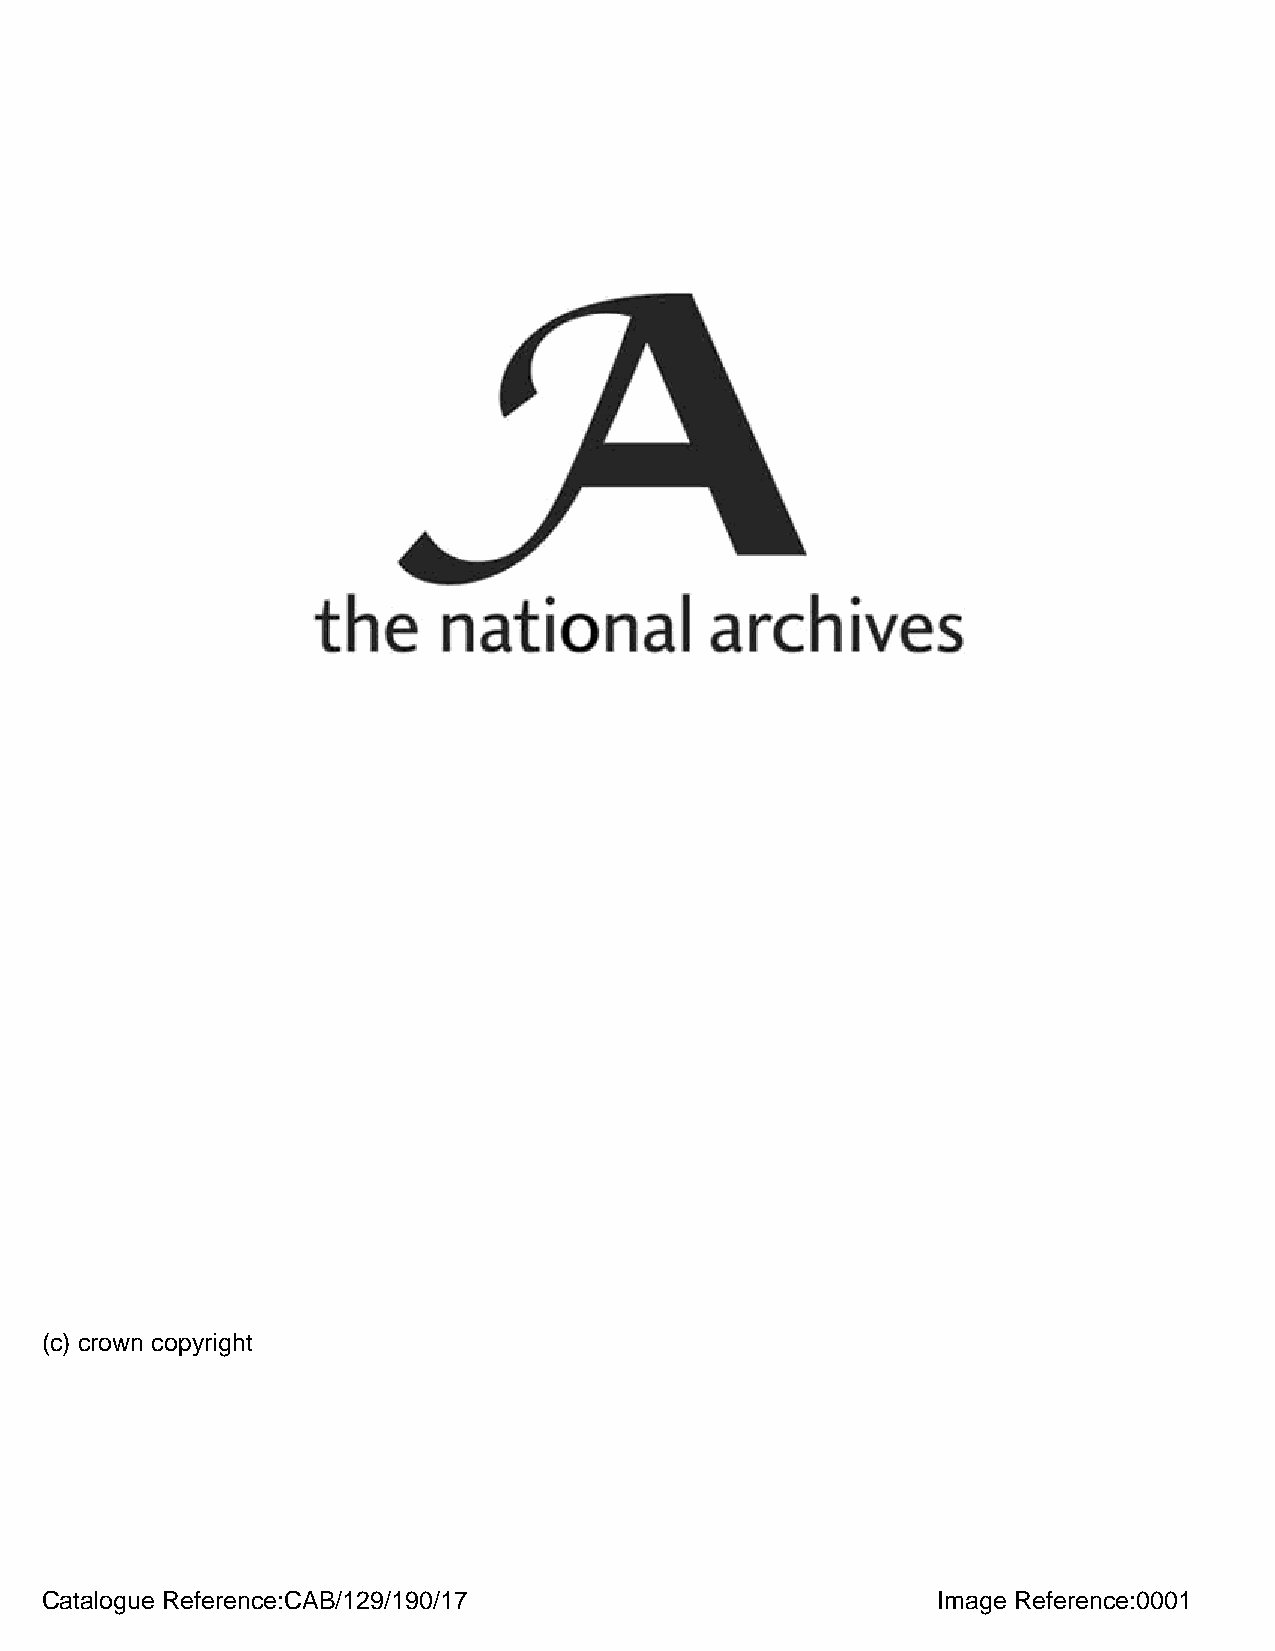
(c) crown copyright
 Catalogue Reference:CAB/129/190/17                         Image Reference:0001